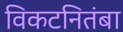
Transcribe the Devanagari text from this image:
विकटनितंबा